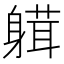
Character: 𨉴